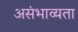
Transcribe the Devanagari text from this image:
असंभाव्यता